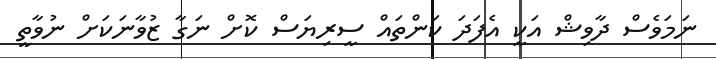
ނަމަވެސް ދާވިޝް އަކީ އެފަދަ ކަންތައް ސީރިޔަސް ކޮށް ނަގާ ޒުވާނަކަށް ނުވާތީ